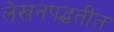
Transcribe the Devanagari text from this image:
लेखनपद्धतीत